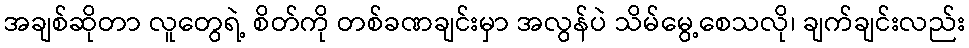
အချစ်ဆိုတာ လူတွေရဲ့ စိတ်ကို တစ်ခဏချင်းမှာ အလွန်ပဲ သိမ်မွေ့စေသလို၊ ချက်ချင်းလည်း